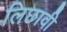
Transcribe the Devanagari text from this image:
लिछावी